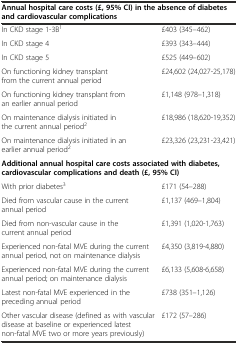
| <COLSPAN=2> Annual hospital care costs (£, 95% CI) in the absence of diabetes and cardiovascular complications |
 | --- | --- |
 | In CKD stage 1-3B1 | £403 (345–462) |
 | In CKD stage 4 | £393 (343–444) |
 | In CKD stage 5 | £525 (449–602) |
 | On functioning kidney transplant from the current annual period | £24,602 (24,027-25,178) |
 | On functioning kidney transplant from an earlier annual period | £1,148 (978–1,318) |
 | On maintenance dialysis initiated in the current annual period2 | £18,986 (18,620-19,352) |
 | On maintenance dialysis initiated in an earlier annual period2 | £23,326 (23,231-23,421) |
 | <COLSPAN=2> Additional annual hospital care costs associated with diabetes, cardiovascular complications and death (£, 95% CI) |
 | With prior diabetes3 | £171 (54–288) |
 | Died from vascular cause in the current annual period | £1,137 (469–1,804) |
 | Died from non-vascular cause in the current annual period | £1,391 (1,020-1,763) |
 | Experienced non-fatal MVE during the current annual period, not on maintenance dialysis | £4,350 (3,819-4,880) |
 | Experienced non-fatal MVE during the current annual period; on maintenance dialysis | £6,133 (5,608-6,658) |
 | Latest non-fatal MVE experienced in the preceding annual period | £738 (351–1,126) |
 | Other vascular disease (defined as with vascular disease at baseline or experienced latest non-fatal MVE two or more years previously) | £172 (57–286) |